Mental hospitals Bombay report 1929-33 - 1929-1933
Year: 1929
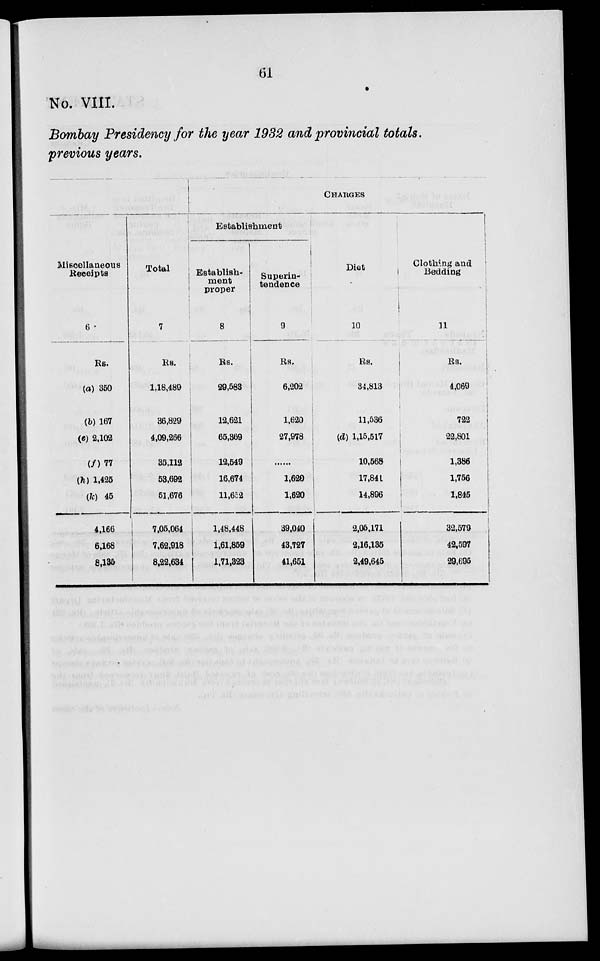
61
No. VIII.
Bombay Presidency for the year 1932 and provincial totals.
previous years.
Miscellaneous
Receipts
6
Rs.
(a) 350
(b) 167
(c) 2,102
(f)77
(h) 1,425
(k) 45
4,166
6,168
8,135
Total
7
Rs.
1,18,489
36,829
4,09,266
35,112
53,692
51,676
7,05,064
7,62,918
8,22,634
CHARGES
Establishment
Establish-
ment
proper
8
Rs.
29,583
12,621
65,369
12,549
16,674
11,652
1,48,448
1,61,859
1,71,323
Superin-
tendence
9
Rs.
6,202
1,620
27,978
......
1,620
1,620
39,040
43,727
41,651
Diet
10
Rs.
34,813
11,536
(d) 1,15,517
10,568
17,841
14,896
2,05,171
2,16,135
2,49,645
Clothing and
Bedding
11
Rs.
4,069
722
22,801
1,386
1,756
1,845
32,579
42,597
29,695